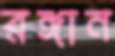
রঙ্গান